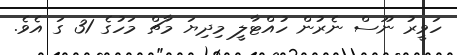
ހަވީރު ނޫސް ނެރުން ހުއްޓާލީ މިދިޔަ މާޗް މަހުގެ 31 ގަ އެވެ.